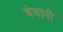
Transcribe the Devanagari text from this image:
बेजानी